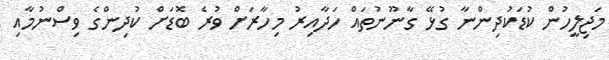
މަޖިލީހުން ކުޑަކުދިންނާ ގުޅޭ ގާނޫނުތައް ހަދާއިރު މިހާރަށް ވުރެ ބޮޑަށް ކުދިންގެ ވިސްނުމާއި